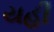
યહી